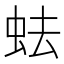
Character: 𧉧